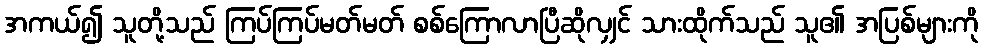
အကယ်၍ သူတို့သည် ကြပ်ကြပ်မတ်မတ် စစ်ကြောလာပြီဆိုလျှင် သားထိုက်သည် သူ၏ အပြစ်များကို